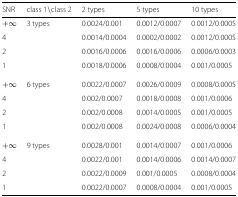
<table><thead><tr><td><b>SNR</b></td><td><b>class 1 ∖class 2</b></td><td><b>2 types</b></td><td><b>5 types</b></td><td><b>10 types</b></td></tr></thead><tbody><tr><td>+<i>∞</i></td><td>3 types</td><td>0.0024/0.001</td><td>0.0012/0.0007</td><td>0.0012/0.0005</td></tr><tr><td>4</td><td></td><td>0.0014/0.0004</td><td>0.0002/0.0002</td><td>0.0012/0.0005</td></tr><tr><td>2</td><td></td><td>0.0016/0.0006</td><td>0.0016/0.0006</td><td>0.0006/0.0003</td></tr><tr><td>1</td><td></td><td>0.0018/0.0006</td><td>0.0008/0.0004</td><td>0.001/0.0005</td></tr><tr><td>+<i>∞</i></td><td>6 types</td><td>0.0022/0.0007</td><td>0.0026/0.0009</td><td>0.0008/0.0005</td></tr><tr><td>4</td><td></td><td>0.002/0.0007</td><td>0.0018/0.0008</td><td>0.001/0.0006</td></tr><tr><td>2</td><td></td><td>0.002/0.0008</td><td>0.0014/0.0005</td><td>0.001/0.0005</td></tr><tr><td>1</td><td></td><td>0.002/0.0008</td><td>0.0024/0.0008</td><td>0.0006/0.0004</td></tr><tr><td>+<i>∞</i></td><td>9 types</td><td>0.0028/0.001</td><td>0.0014/0.0007</td><td>0.001/0.0006</td></tr><tr><td>4</td><td></td><td>0.0022/0.001</td><td>0.0014/0.0006</td><td>0.0014/0.0007</td></tr><tr><td>2</td><td></td><td>0.0022/0.0009</td><td>0.001/0.0005</td><td>0.0008/0.0004</td></tr><tr><td>1</td><td></td><td>0.0022/0.0007</td><td>0.0008/0.0004</td><td>0.001/0.0005</td></tr></tbody></table>